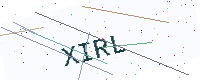
Text: XIRL